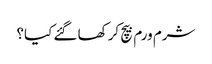
شرم ورم بیچ کر کھا گئے کیا؟